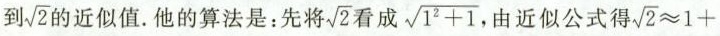
到\sqrt{2}的近似值。他的算法是：先将\sqrt{2}看成\sqrt{1^{2}+1}，由近似公式得$$\sqrt { 2 } ≈ 1 +